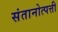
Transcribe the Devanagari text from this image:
संतानोत्पत्ती